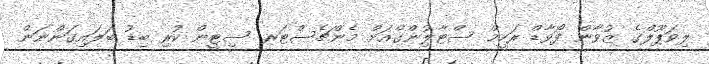
ލިވަޕޫލްގެ ޒުވާން ފޯވާޑް ރަހީމް ސްޓާލިުންގްއަށް މެންޗެސްޓަރ ސިޓީން ކުރި ބިޑު ބަލައިގަންނަން